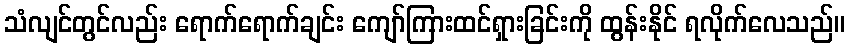
သံလျင်တွင်လည်း ရောက်ရောက်ချင်း ကျော်ကြားထင်ရှားခြင်းကို ထွန်းနိုင် ရလိုက်လေသည်။